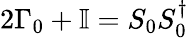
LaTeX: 2\Gamma_{0}+\mathbb{I}=S_{0}S_{0}^{\dagger}